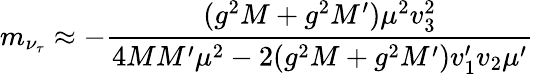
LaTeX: m_{\nu_{\tau}}\approx-{\frac{(g^{2}M+g^{2}M^{\prime})\mu^{2}v_{3}^{2}}{4MM^{\prime}\mu^{2}-2(g^{2}M+g^{2}M^{\prime})v_{1}^{\prime}v_{2}\mu^{\prime}}}